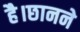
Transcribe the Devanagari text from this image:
है।छानने